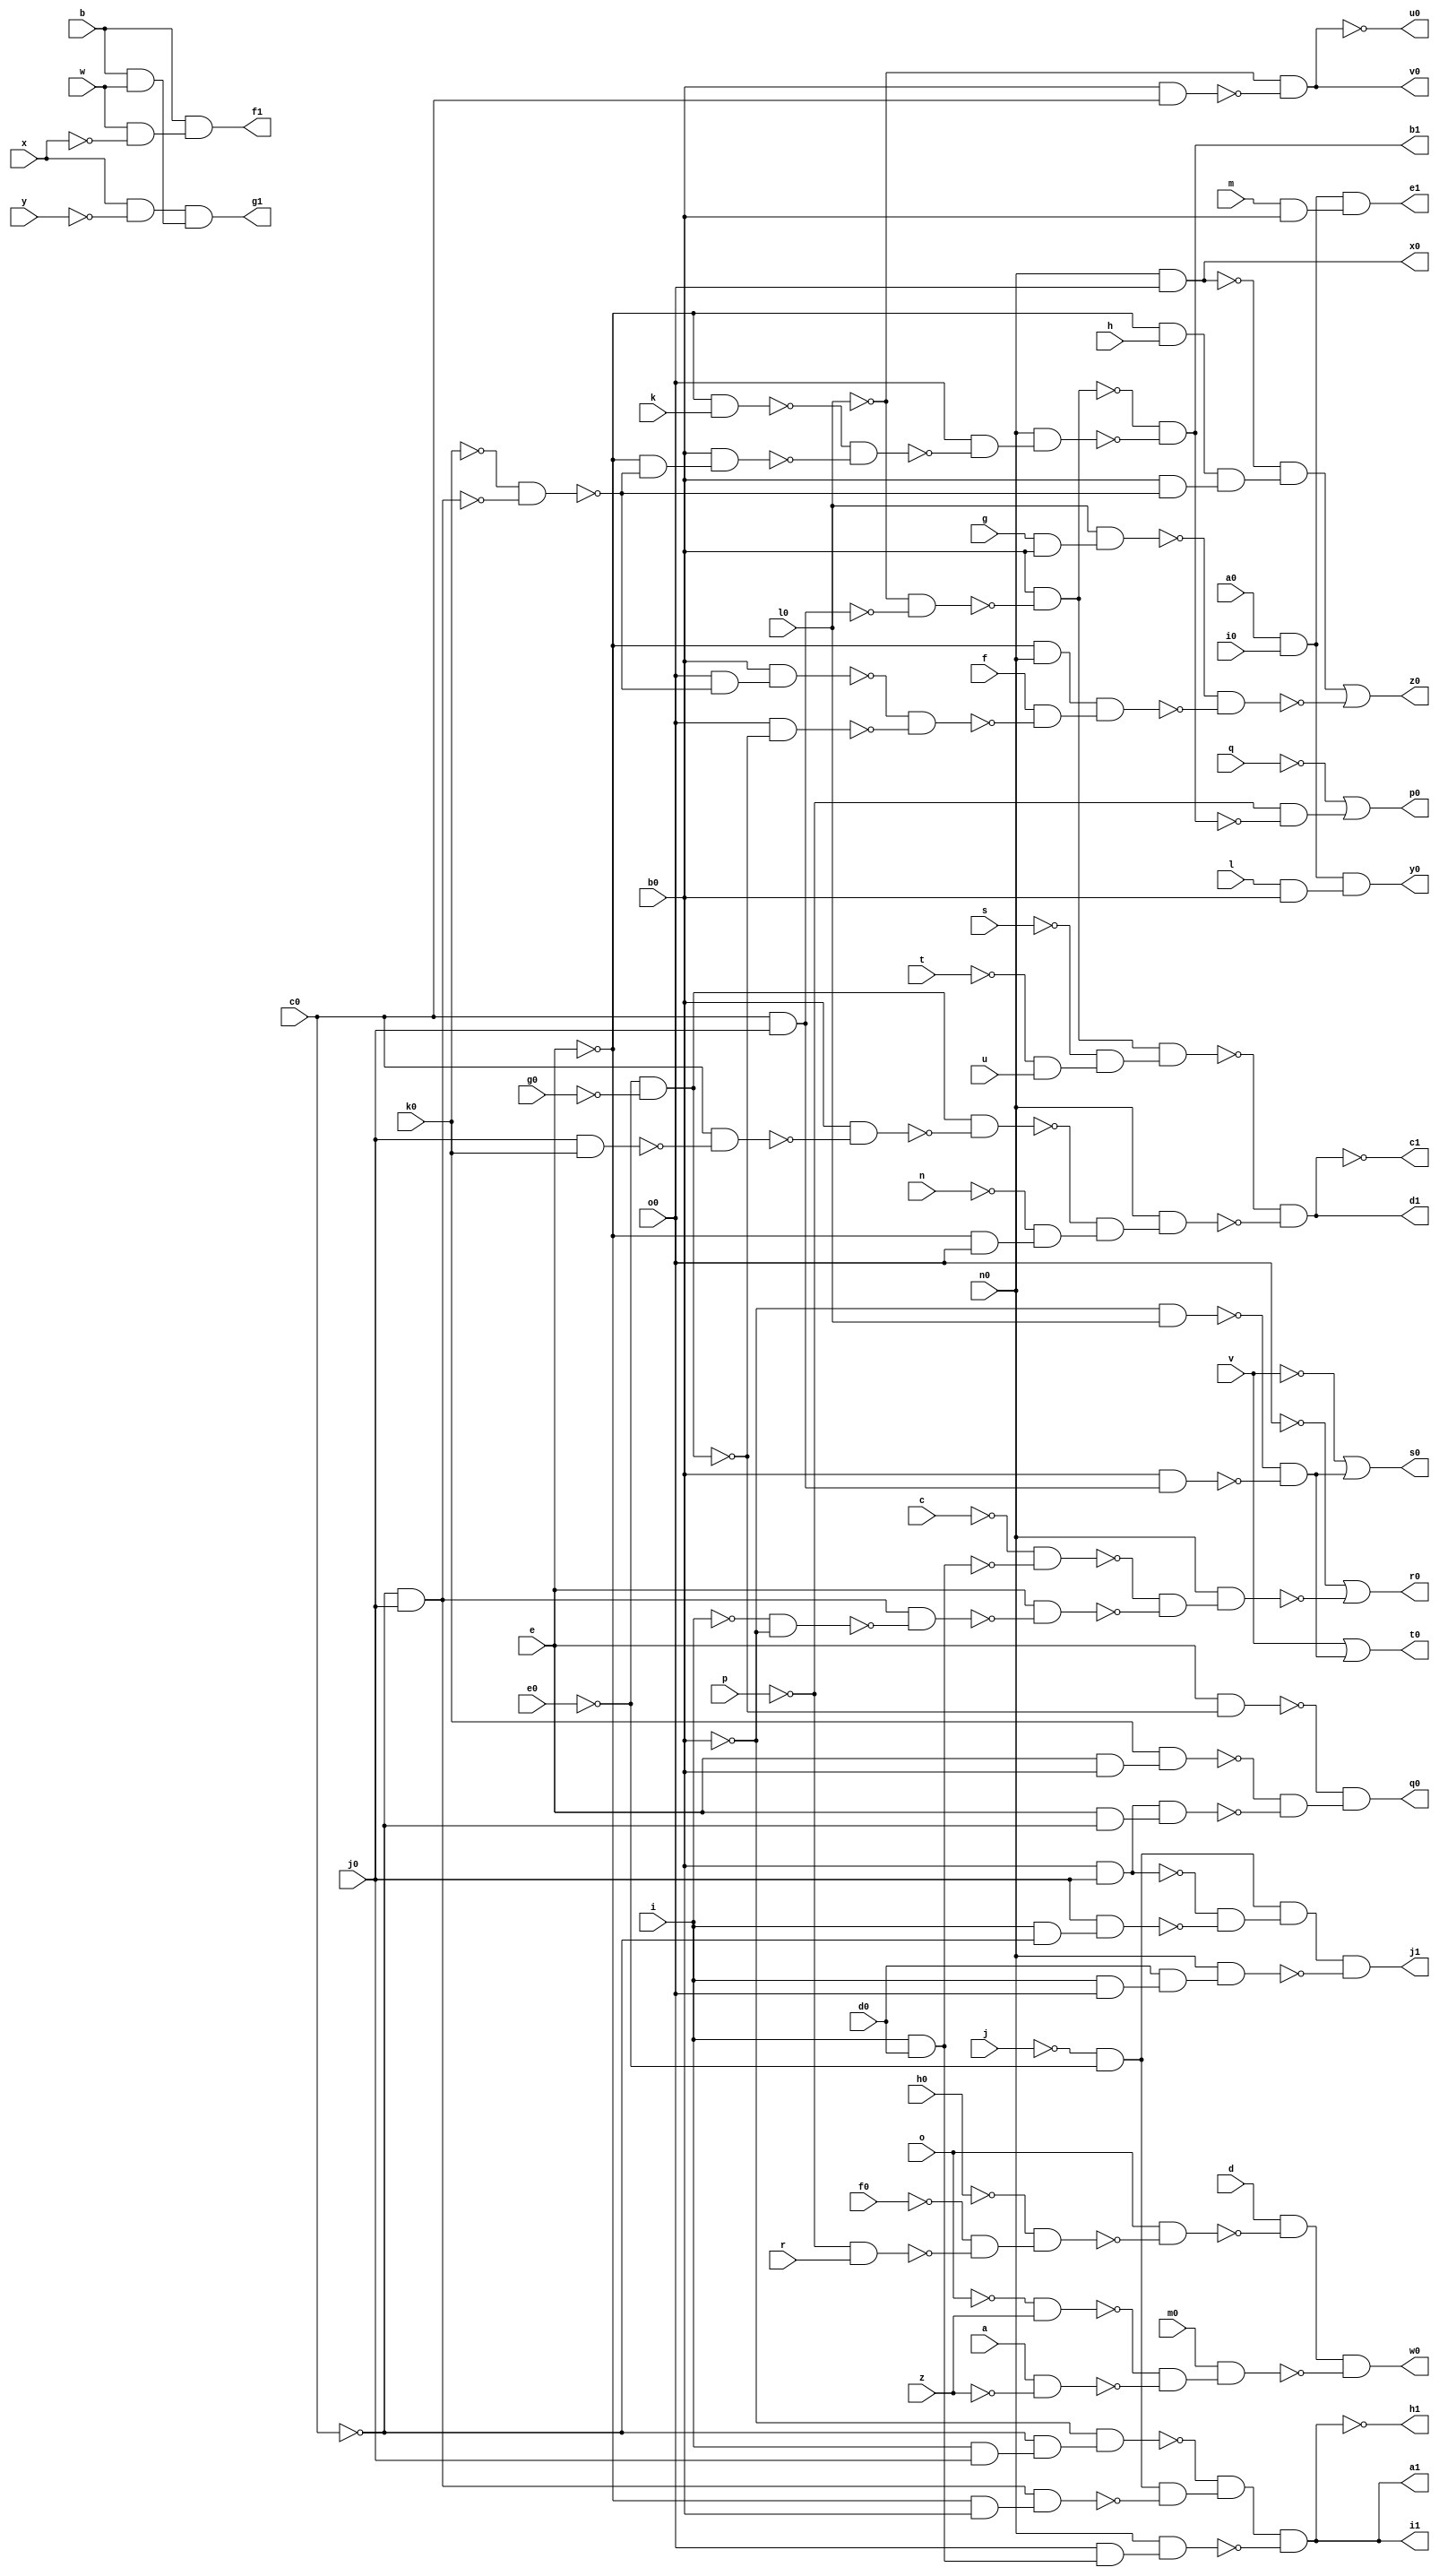
module b9 ( 
    a, b, c, d, e, f, g, h, i, j, k, l, m, n, o, p, q, r, s, t, u, v, w, x,
    y, z, a0, b0, c0, d0, e0, f0, g0, h0, i0, j0, k0, l0, m0, n0, o0,
    p0, q0, r0, s0, t0, u0, v0, w0, x0, y0, z0, a1, b1, c1, d1, e1, f1, g1,
    h1, i1, j1  );
  input  a, b, c, d, e, f, g, h, i, j, k, l, m, n, o, p, q, r, s, t, u,
    v, w, x, y, z, a0, b0, c0, d0, e0, f0, g0, h0, i0, j0, k0, l0, m0, n0,
    o0;
  output p0, q0, r0, s0, t0, u0, v0, w0, x0, y0, z0, a1, b1, c1, d1, e1, f1,
    g1, h1, i1, j1;
  wire new_n63_, new_n64_, new_n65_, new_n66_, new_n67_, new_n68_, new_n69_,
    new_n70_, new_n71_, new_n72_, new_n73_, new_n75_, new_n77_, new_n78_,
    new_n79_, new_n80_, new_n81_, new_n82_, new_n83_, new_n84_, new_n86_,
    new_n87_, new_n88_, new_n89_, new_n90_, new_n91_, new_n92_, new_n94_,
    new_n95_, new_n96_, new_n99_, new_n101_, new_n102_, new_n103_,
    new_n104_, new_n105_, new_n106_, new_n107_, new_n108_, new_n109_,
    new_n112_, new_n113_, new_n115_, new_n116_, new_n117_, new_n118_,
    new_n119_, new_n120_, new_n121_, new_n122_, new_n123_, new_n124_,
    new_n125_, new_n126_, new_n127_, new_n128_, new_n130_, new_n131_,
    new_n132_, new_n133_, new_n134_, new_n135_, new_n136_, new_n137_,
    new_n138_, new_n139_, new_n141_, new_n142_, new_n143_, new_n144_,
    new_n145_, new_n146_, new_n147_, new_n148_, new_n149_, new_n150_,
    new_n151_, new_n153_, new_n155_, new_n157_, new_n158_, new_n160_,
    new_n161_, new_n162_, new_n163_, new_n164_, new_n165_, new_n166_;
  assign new_n63_ = c0 & j0;
  assign new_n64_ = ~l0 & ~new_n63_;
  assign new_n65_ = b0 & ~new_n64_;
  assign new_n66_ = ~e & k;
  assign new_n67_ = ~c0 & j0;
  assign new_n68_ = ~k0 & ~new_n67_;
  assign new_n69_ = ~e & ~new_n68_;
  assign new_n70_ = b0 & new_n69_;
  assign new_n71_ = ~new_n66_ & ~new_n70_;
  assign new_n72_ = o0 & ~new_n71_;
  assign new_n73_ = n0 & new_n72_;
  assign b1 = ~new_n65_ & ~new_n73_;
  assign new_n75_ = ~p & ~b1;
  assign p0 = ~q | new_n75_;
  assign new_n77_ = e & b0;
  assign new_n78_ = k0 & new_n77_;
  assign new_n79_ = b0 & j0;
  assign new_n80_ = e & ~c0;
  assign new_n81_ = new_n79_ & new_n80_;
  assign new_n82_ = ~e0 & ~g0;
  assign new_n83_ = e & ~new_n82_;
  assign new_n84_ = ~new_n78_ & ~new_n81_;
  assign q0 = ~new_n83_ & new_n84_;
  assign new_n86_ = ~i & ~b0;
  assign new_n87_ = new_n67_ & ~new_n86_;
  assign new_n88_ = i & d0;
  assign new_n89_ = ~c & ~new_n88_;
  assign new_n90_ = e & ~new_n87_;
  assign new_n91_ = ~new_n89_ & ~new_n90_;
  assign new_n92_ = n0 & new_n91_;
  assign r0 = ~o0 | ~new_n92_;
  assign new_n94_ = ~b0 & l0;
  assign new_n95_ = b0 & new_n63_;
  assign new_n96_ = ~new_n94_ & ~new_n95_;
  assign s0 = ~v | new_n96_;
  assign t0 = v | new_n96_;
  assign new_n99_ = b0 & c0;
  assign v0 = ~l0 & ~new_n99_;
  assign new_n101_ = ~p & r;
  assign new_n102_ = ~f0 & ~new_n101_;
  assign new_n103_ = ~h0 & new_n102_;
  assign new_n104_ = o & ~new_n103_;
  assign new_n105_ = d & ~new_n104_;
  assign new_n106_ = ~o & z;
  assign new_n107_ = a & ~z;
  assign new_n108_ = ~new_n106_ & ~new_n107_;
  assign new_n109_ = m0 & new_n108_;
  assign w0 = new_n105_ & ~new_n109_;
  assign x0 = n0 & o0;
  assign new_n112_ = a0 & i0;
  assign new_n113_ = l & b0;
  assign y0 = new_n112_ & new_n113_;
  assign new_n115_ = g & b0;
  assign new_n116_ = l0 & new_n115_;
  assign new_n117_ = o0 & ~new_n68_;
  assign new_n118_ = b0 & new_n117_;
  assign new_n119_ = o0 & ~new_n82_;
  assign new_n120_ = ~new_n118_ & ~new_n119_;
  assign new_n121_ = ~e & n0;
  assign new_n122_ = f & ~new_n120_;
  assign new_n123_ = new_n121_ & new_n122_;
  assign new_n124_ = ~e & h;
  assign new_n125_ = b0 & ~new_n68_;
  assign new_n126_ = new_n124_ & new_n125_;
  assign new_n127_ = ~x0 & new_n126_;
  assign new_n128_ = ~new_n116_ & ~new_n123_;
  assign z0 = new_n127_ | ~new_n128_;
  assign new_n130_ = ~j & ~e0;
  assign new_n131_ = ~e & b0;
  assign new_n132_ = new_n67_ & new_n131_;
  assign new_n133_ = i & j0;
  assign new_n134_ = ~c0 & new_n133_;
  assign new_n135_ = ~b0 & new_n134_;
  assign new_n136_ = new_n130_ & ~new_n132_;
  assign new_n137_ = ~new_n135_ & new_n136_;
  assign new_n138_ = o0 & new_n88_;
  assign new_n139_ = n0 & new_n138_;
  assign a1 = new_n137_ & ~new_n139_;
  assign new_n141_ = ~t & u;
  assign new_n142_ = ~s & new_n141_;
  assign new_n143_ = new_n65_ & new_n142_;
  assign new_n144_ = ~e & o0;
  assign new_n145_ = j0 & k0;
  assign new_n146_ = c0 & ~new_n145_;
  assign new_n147_ = b0 & ~new_n146_;
  assign new_n148_ = new_n82_ & ~new_n147_;
  assign new_n149_ = ~n & new_n144_;
  assign new_n150_ = ~new_n148_ & new_n149_;
  assign new_n151_ = n0 & new_n150_;
  assign d1 = ~new_n143_ & ~new_n151_;
  assign new_n153_ = m & b0;
  assign e1 = new_n112_ & new_n153_;
  assign new_n155_ = w & ~x;
  assign f1 = b & new_n155_;
  assign new_n157_ = x & ~y;
  assign new_n158_ = b & w;
  assign g1 = new_n157_ & new_n158_;
  assign new_n160_ = i & ~c0;
  assign new_n161_ = j0 & new_n160_;
  assign new_n162_ = ~new_n79_ & ~new_n161_;
  assign new_n163_ = new_n130_ & new_n162_;
  assign new_n164_ = i & o0;
  assign new_n165_ = d0 & new_n164_;
  assign new_n166_ = n0 & new_n165_;
  assign j1 = new_n163_ & ~new_n166_;
  assign u0 = ~v0;
  assign c1 = ~d1;
  assign h1 = ~a1;
  assign i1 = a1;
endmodule